Indian journal of veterinary science and animal husbandry - Volume 4,
Year: 1934
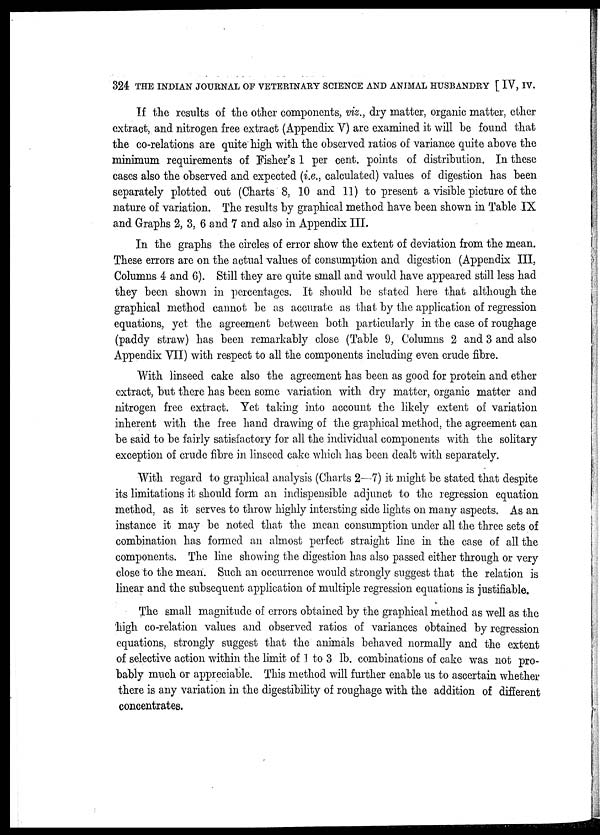
324 THE INDIAN JOURNAL OF VETERINARY SCIENCE AND ANIMAL HUSBANDRY [ IV, IV.
If the results of the other components, viz., dry matter, organic matter, ether
extract, and nitrogen free extract (Appendix V) are examined it will be found that
the co-relations are quite high with the observed ratios of variance quite above the
minimum requirements of Fisher's 1 per cent. points of distribution. In these
cases also the observed and expected (i.e., calculated) values of digestion has been
separately plotted out (Charts 8, 10 and 11) to present a visible picture of the
nature of variation. The results by graphical method have been shown in Table IX
and Graphs 2, 3, 6 and 7 and also in Appendix III.
In the graphs the circles of error show the extent of deviation from the mean.
These errors are on the actual values of consumption and digestion (Appendix III,
Columns 4- and 6). Still they are quite small and would have appeared still less had
they been shown in percentages. It should be stated here that although the
graphical method cannot be as accurate as that by the application of regression
equations, yet the agreement between both particularly in the case of roughage
(paddy straw) has been remarkably close (Table 9, Columns 2 and 3 and also
Appendix VII) with respect to all the components including even crude fibre.
With linseed cake also the agreement has been as good for protein and ether
extract, but there has been some variation with dry matter, organic matter and
nitrogen free extract. Yet taking into account the likely extent of variation
inherent with the free hand drawing of the graphical method, the agreement can
be said to be fairly satisfactory for all the individual components with the solitary
exception of crude fibre in linseed cake which has been dealt with, separately.
With regard to graphical analysis (Charts 2—7) it might be stated that despite
its limitations it should form an indispensible adjunct to the regression equation
method, as it serves to throw highly intersting side lights on many aspects. As an
instance it may be noted that the mean consumption under all the three sets of
combination has formed an almost perfect straight line in the case of all the
components. The line showing the digestion has also passed either through or very
close to the mean. Such an occurrence would strongly suggest that the relation is
linear and the subsequent application of multiple regression equations is justifiable.
The small magnitude of errors obtained by the graphical method as well as the
high co-relation values and observed ratios of variances obtained by regression
equations, strongly suggest that the animals behaved normally and the extent
of selective action within the limit of 1 to 3 lb. combinations of cake was not pro-
bably much or appreciable. This method will further enable us to ascertain whether
there is any variation in the digestibility of roughage with the addition of different
concentrates.